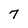
Character: 7